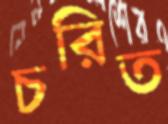
চরিত